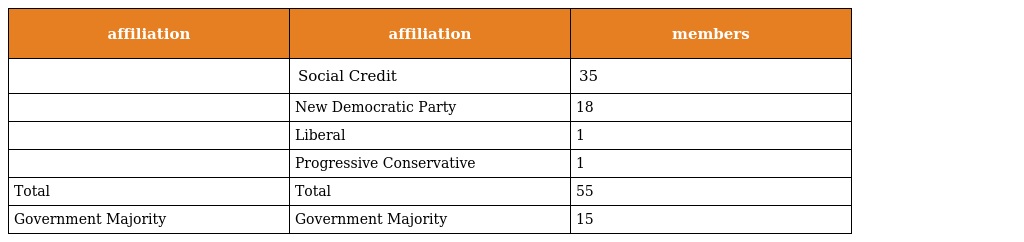
| affiliation | affiliation | members |
 | --- | --- | --- |
 |  | Social Credit | 35 |
 |  | New Democratic Party | 18 |
 |  | Liberal | 1 |
 |  | Progressive Conservative | 1 |
 | Total | Total | 55 |
 | Government Majority | Government Majority | 15 |